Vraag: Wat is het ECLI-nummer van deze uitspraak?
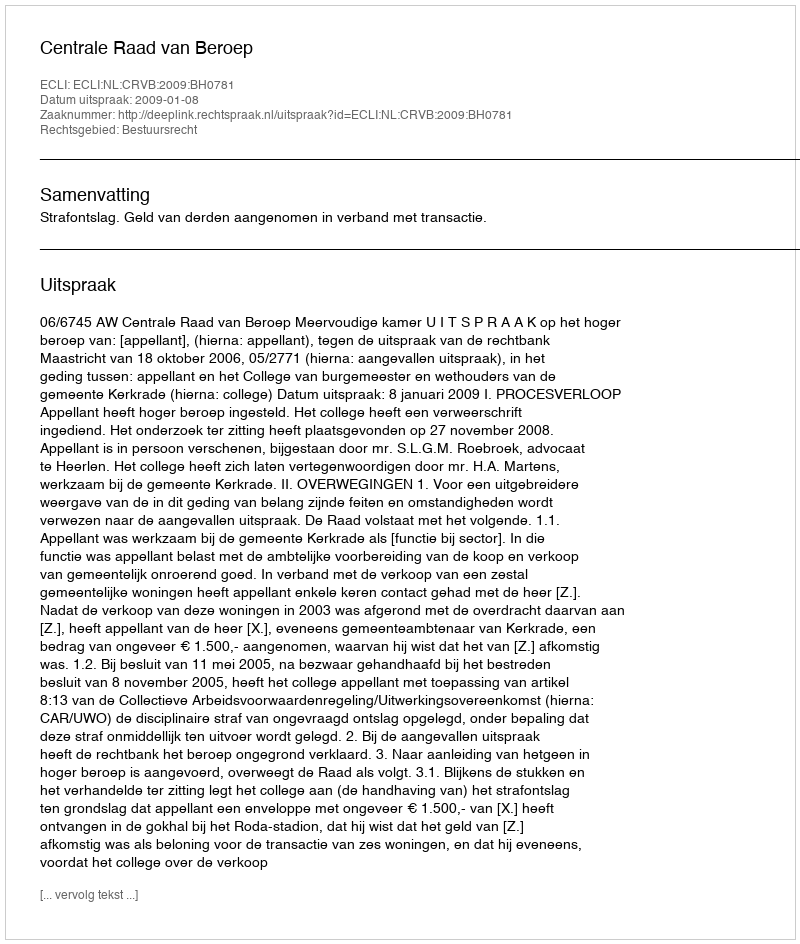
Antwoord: ECLI:NL:CRVB:2009:BH0781